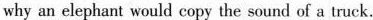
why an elephant would copy the sound of a truck.